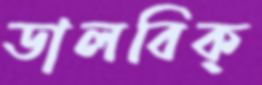
ডালবিক্